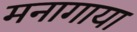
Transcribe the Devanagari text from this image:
मनागाया